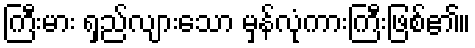
ကြီးမား ရှည်လျားသော မှန်လုံကားကြီးဖြစ်၏။